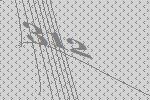
312